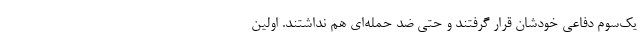
یک‌سوم دفاعی خودشان قرار گرفتند و حتی ضد حمله‌ای هم نداشتند. اولین